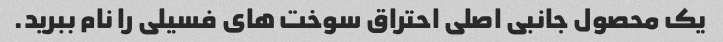
یک محصول جانبی اصلی احتراق سوخت های فسیلی را نام ببرید.